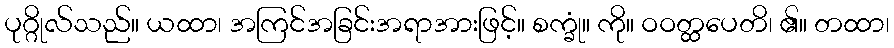
ပုဂ္ဂိုလ်သည်။ ယထာ၊ အကြင်အခြင်းအရာအားဖြင့်။ စက္ခုံ။ ကို။ ဝဝတ္ထပေတိ၊ ၏။ တထာ၊